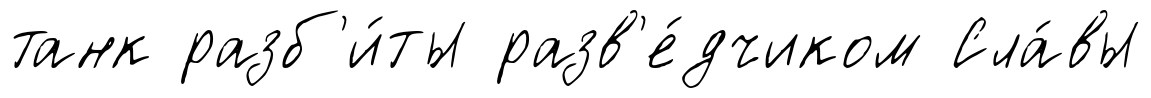
танк разб'и́ты разв'е́дчиком Сла́вы